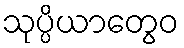
သုပ္ပိယာတွေဝ